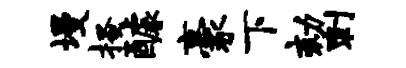
墁搔醵豪下劾刺